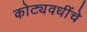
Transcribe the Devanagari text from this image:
कोट्यवधींचे